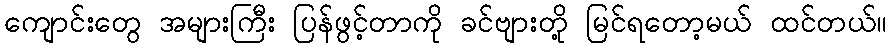
ကျောင်းတွေ အများကြီး ပြန်ဖွင့်တာကို ခင်ဗျားတို့ မြင်ရတော့မယ် ထင်တယ်။